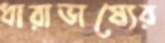
ধারাভাষ্যের